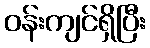
ဝန်းကျင်ရှိပြီး